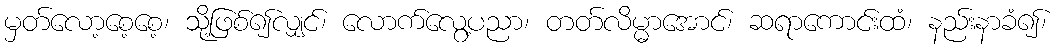
မှတ်လော့စေ့စေ့၊ သို့ဖြစ်၍လျှင်၊ လောက်လွေ့ပညာ၊ တတ်လိမ္မာအောင်၊ ဆရာကောင်းထံ၊ နည်းနာခံ၍၊